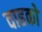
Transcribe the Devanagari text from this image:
वाहको